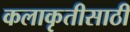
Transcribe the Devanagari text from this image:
कलाकृतीसाठी